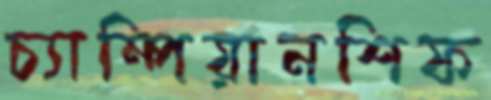
চ্যাম্পিয়ানশিফ